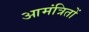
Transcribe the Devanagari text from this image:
आमंत्रितों